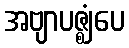
အဗျာပဇ္ဈံပေ